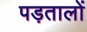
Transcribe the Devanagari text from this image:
पड़तालों